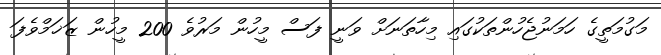
މަގުމަތީގެ ހަމަނުޖެހުންތަކުގައި މިހާތަނަށް ވަނީ ފަސް މީހުން މަރުވެ 200 މީހުން ޒަޚަމްވެފަ